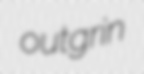
outgrin